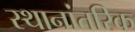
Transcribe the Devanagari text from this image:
स्थानांतरिक